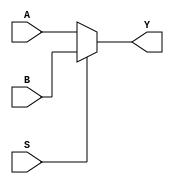
module mux(A, B, S, Y);
  
  output [63:0] Y; 
  input  S;
  input [63:0] A, B;
  
  assign Y = (S ? B:A);
  
endmodule

module threemux (
  input[63:0] a,
  input[63:0] b,
  input[63:0] c,
  input [1:0] S,
  output reg [63:0] out
);
  
  always @(*)
    begin
      case(S[1:0])
        2'b00: out = a;
        2'b01: out = b;
        2'b10: out = c;
      endcase
    end
endmodule